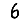
Digit: 6